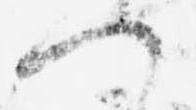
へ